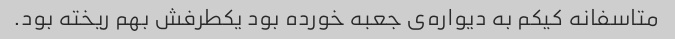
متاسفانه کیکم به دیواره‌ی جعبه خورده بود یکطرفش بهم ریخته بود.